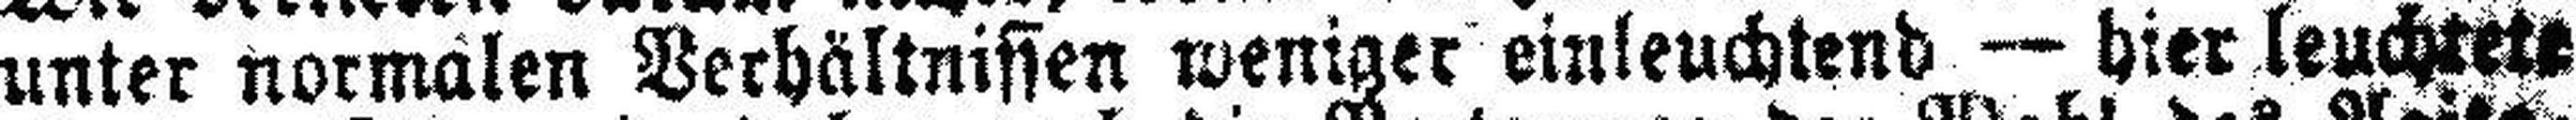
unter normalen Verhältnissen weniger einleuchtend — hier leuchtet¬